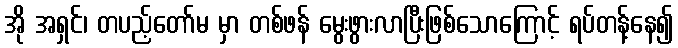
အို အရှင်၊ တပည့်တော်မ မှာ တစ်ဖန် မွေးဖွားလာပြီးဖြစ်သောကြောင့် ရပ်တန့်နေ၍